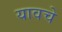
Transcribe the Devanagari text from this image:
यावचे